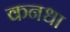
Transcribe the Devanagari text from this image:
कनधा